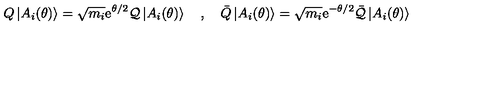
Q \left| A _ { i } ( \theta ) \right\rangle = \sqrt { m _ { i } } \mathrm { e } ^ { \theta / 2 } \mathcal { Q } \left| A _ { i } ( \theta ) \right\rangle \quad , \quad \bar { Q } \left| A _ { i } ( \theta ) \right\rangle = \sqrt { m _ { i } } \mathrm { e } ^ { - \theta / 2 } \bar { \mathcal { Q } } \left| A _ { i } ( \theta ) \right\rangle